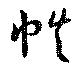
帙